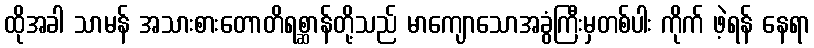
ထိုအခါ သာမန် အသားစားတောတိရစ္ဆာန်တို့သည် မာကျောသောအခွံကြီးမှတစ်ပါး ကိုက် ဖဲ့ရန် နေရာ